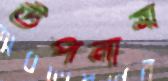
উপনাম